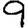
Digit: 9